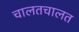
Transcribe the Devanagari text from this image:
चालतचालत